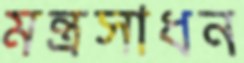
মন্ত্রসাধন